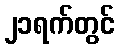
၂၁ရက်တွင်